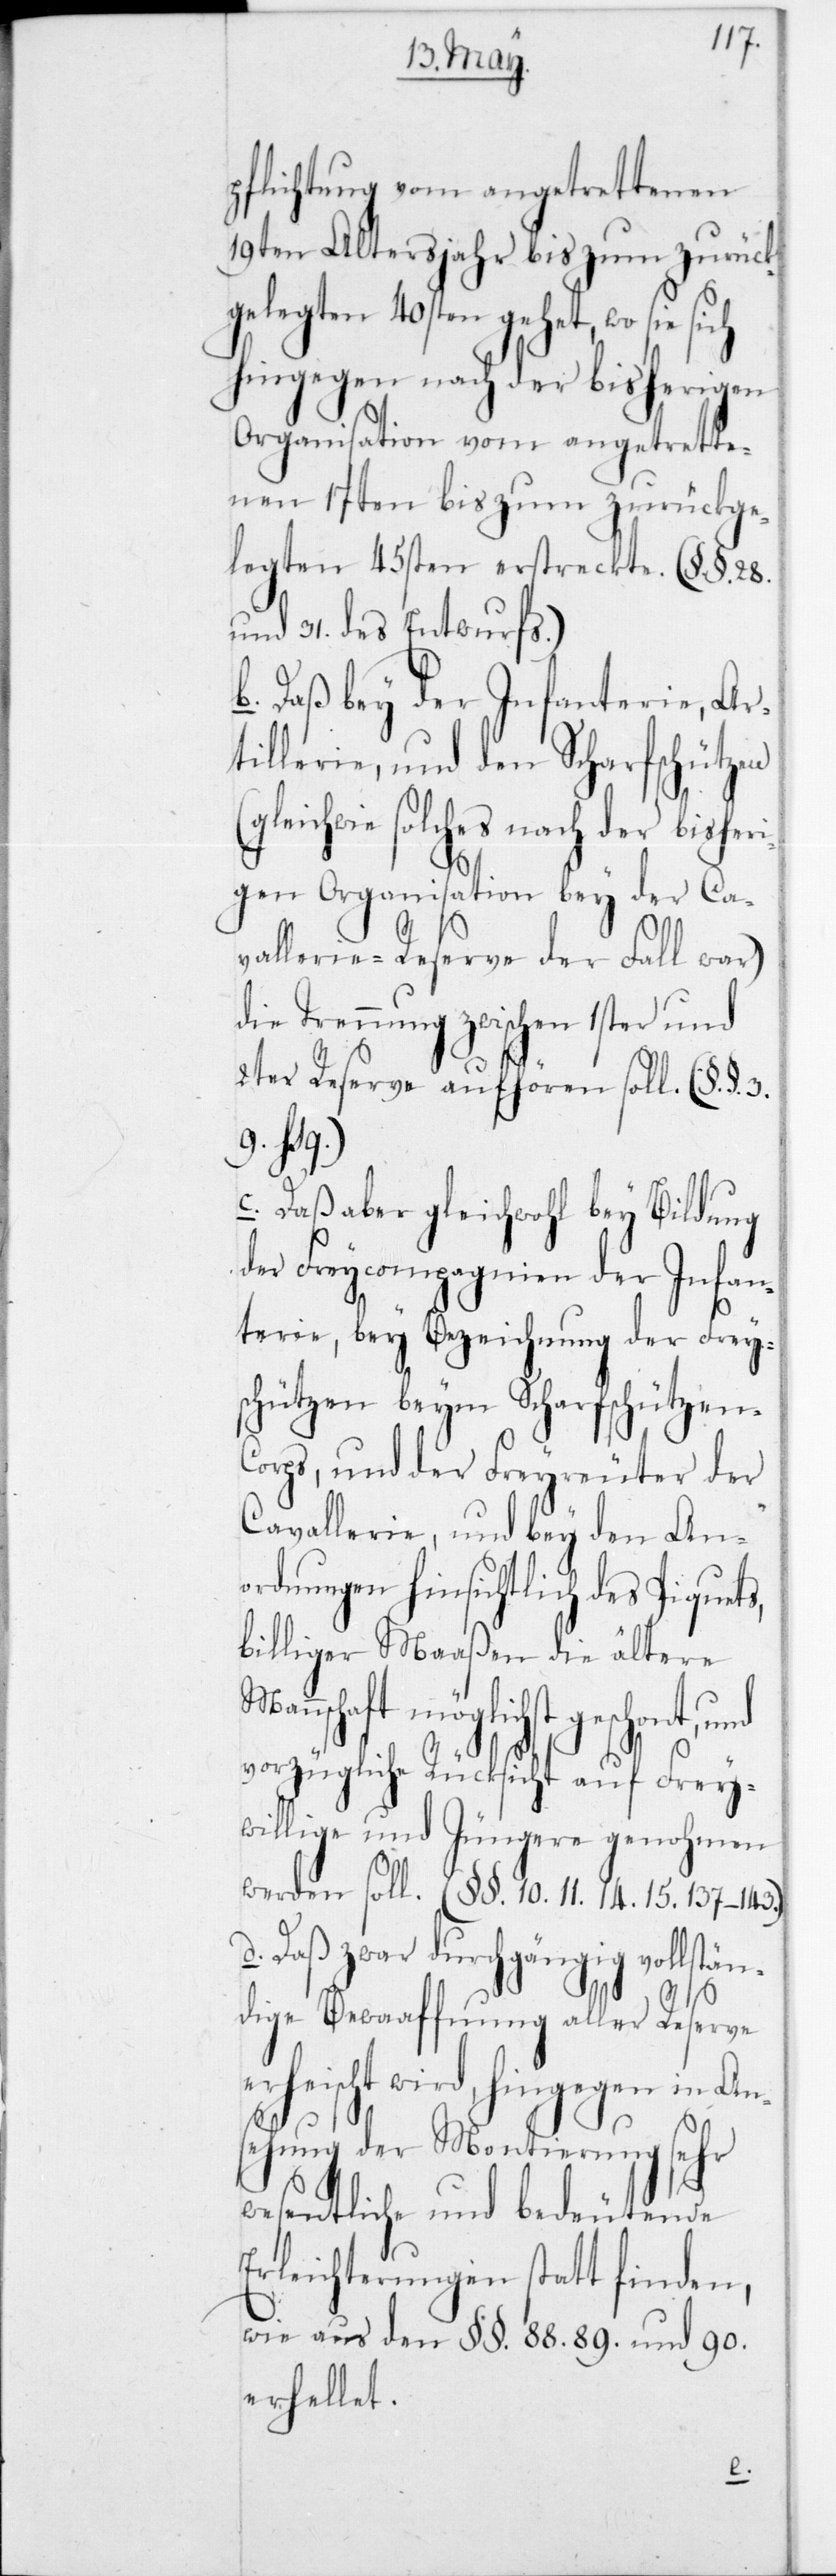
pflichtung vom angetrettenen
19ten Altersjahr bis zum zurück¬
gelegten 40sten gehet, wo sie
hingegen nach der bisherigen
Organisation vom angetrette¬
nen 17ten bis zum zurückge¬
legten 45sten erstreckte. (§§ 28
und 31 des Entwurfs.)
b. Daß bey der Infanterie, Ar¬
tillerie, und den Scharfschützen
solches nach der bishe¬
rigen Organisation bey der Ca¬
vallerie-Reserve der Fall war)
die Trennung zwischen 1ster und
2ter Reserve aufhören soll. (§§ 3,
9 hsq.)
c. Daß aber gleichwohl bey Bildung
der Freycompagnien der Infan¬
terie, bey Bezeichnung der Frey¬
schützen beim Scharfschützen-C¬
orps, und der Freyreuter der
Cavallerie, und bey den An¬
ordnungen hinsichtlich des Piquets,
billigerMaaßen die ältere
möglichst geschont, und
vorzügliche Rücksicht auf Frey¬
willige und Jüngere genohmen
werden soll. (§§ 10, 11, 14, 15, 137–143.)
d. Daß zwar durchgängig vollstän¬
dige Bewaffnung aller Reserve
rheischt wird, hingegen in An¬
sehung der Montierung sehr
wesentliche und bedeutende
Erleichterungen stattfinden,
wie aus den §§ 88, 89 und 90
erhellet.
e¬